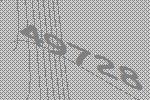
49728